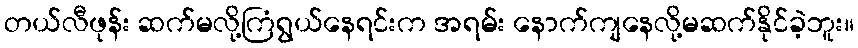
တယ်လီဖုန်း ဆက်မလို့ကြံရွယ်နေရင်းက အရမ်း နောက်ကျနေလို့မဆက်နိုင်ခဲ့ဘူး။